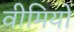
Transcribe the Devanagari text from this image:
वीमियो